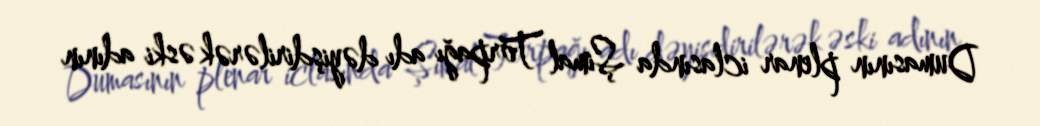
Dumasının plenar iclasında Şimal Torpağı adı dəyişdirilərək əski adının